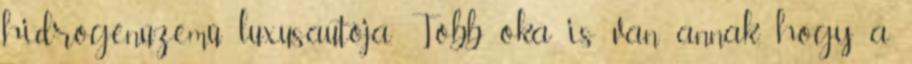
hidrogénüzemű luxusautója. Több oka is van annak, hogy a